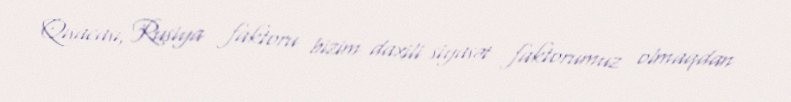
Qısacası, Rusiya faktoru bizim daxili siyasət faktorumuz olmaqdan